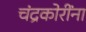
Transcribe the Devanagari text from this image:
चंद्रकोरींना